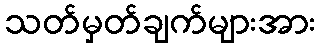
သတ်မှတ်ချက်များအား